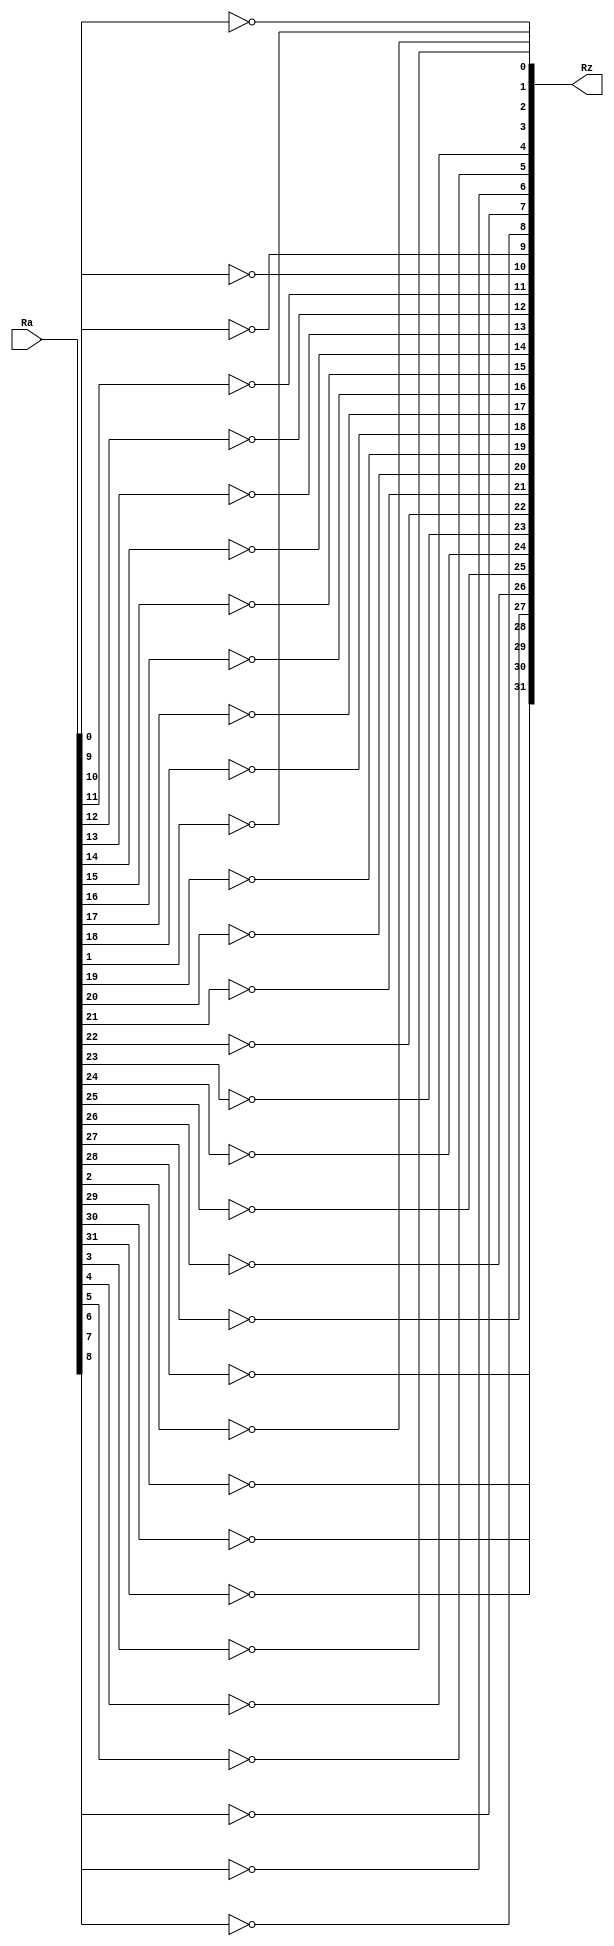
`timescale 1ns / 1ps

module not32(
	input wire [31:0] Ra,
	output wire [31:0] Rz
	);
	
	genvar i;
	generate
		for (i=0; i<32; i=i+1) begin : loop
			assign Rz[i] = !Ra[i];
		end
	endgenerate
endmodule